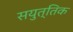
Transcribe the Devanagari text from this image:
सयुत्तिक